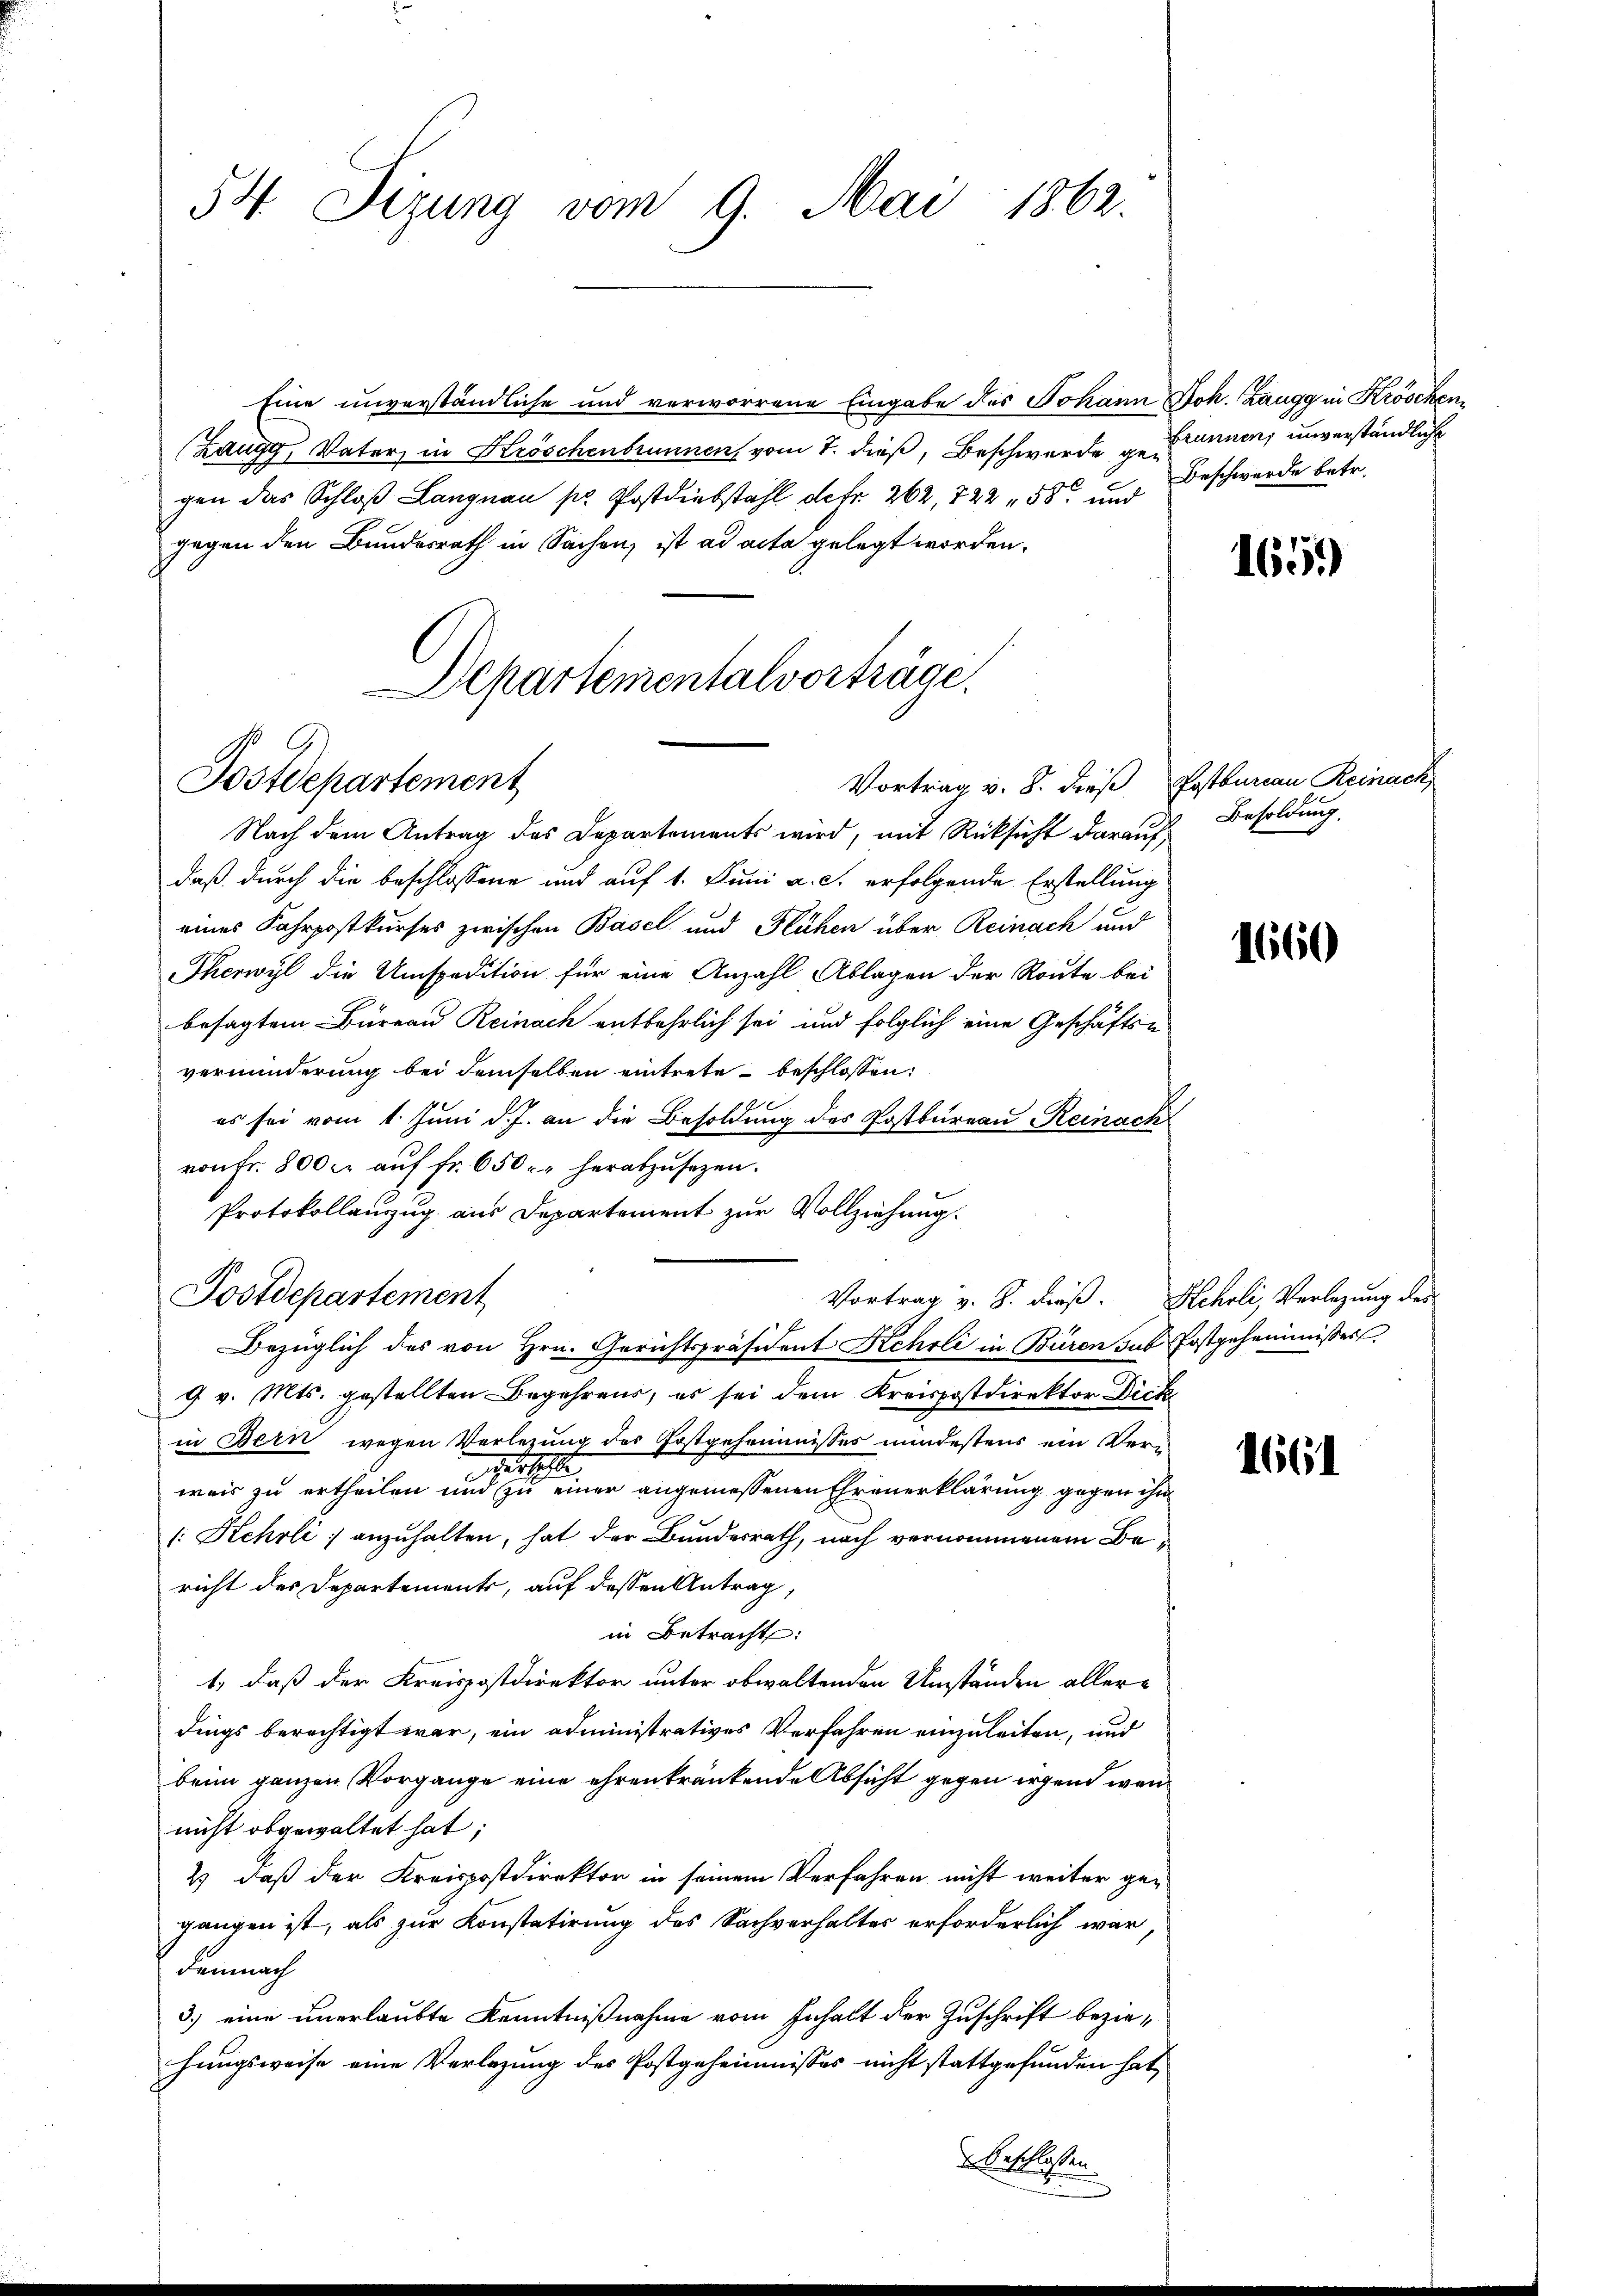
54. Dizung vom 9. Mai 1862.

Eine unverständliche und verworrene Eingabe des Johann Joh. Zaugg in Kröschen,
(Zaugg, Vater, in Kröschenbrunnen, vom 7. dieß, Beschwerde, u. inner, unverständliche
gen das Schloß Langnau pr. Postdiebstahl defr. 262, 722 - 58 und Beschwerde betr.
gegen den Bundesrath in Sachen, ist ad acta gelegt worden.
Departementalvorträge.

Postdepartement
Vortrag v. 8. dieß Postbureau Reinach

Nach dem Antrag des Departements wird, mit Rücksicht darauf
daß durch die beschlossene und auf 1. Juni a. c. erfolgende Erstellung
eines Fahrpostkurses zwischen Basel und Flühen über Reinach und
Therwyl die Umspedition für eine Anzahl Ablagen der Route bei
besagtem Büreau Reinach entbehrlich sei und folglich eine Geschäftse
verminderung bei demselben eintrete beschlossen:
es sei vom 1. Juni d. J. an die Besoldung des Postbureau Reinach
von Fr. 800 c. auf Fr. 650 herabzusezen.
Protokollanzug aus Departement zur Vollziehung.
Postdepartement
Bezüglich des von Hrn. Gerichtspräsident Kehrli in Büren sub Postgeheimisser
9 v. Mts. gestellten Begehrens, es sei dem Kreispostdirektor Dick
in Bern wegen Verlegung des Postgeheimnisser mindestens ein Ver¬
2
2
weis zu ertheilen und zu einer angemessenen Ehranerklärung gegen ihn
[Kehrli anzuhalten, hat der Bundesrath, nach vernommenem Bericht des Departements, auf dessen Antrag,
in Betracht:
1, daß der Kreispostdirektor unter obwaltenden Umständen allerdings berechtigt war, ein administratives Verfahren einzuleiten, und
beim ganzen Vorgange eine ehrenkränkende Absicht gegen irgend wen
nicht abgewaltet hat;
2) daß der Kreispostdirektor in seinem Verfahren nicht weiter gegangen ist, als zur Konstatirung des Sachverhalter erforderlich war
Demnach
3) eine unerlaubte Kenntnißnahme vom Inhalt der Zuschrift beziehungsweise eine Verlegung des Postgeheimnisses nicht stattgefunden hat,
beschlossen

Vortrag v. S. dieß. Rehrli, Verlegung des

1659

Besoldung.

1660

1661